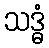
သဒ္ဓံ